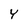
Character: Y